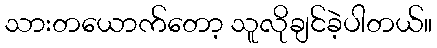
သားတယောက်တော့ သူလိုချင်ခဲ့ပါတယ်။